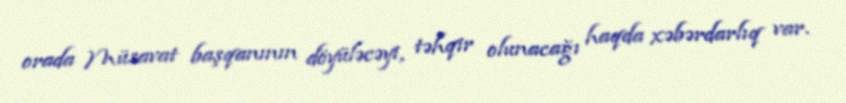
orada Müsavat başqanının döyüləcəyi, təhqir olunacağı haqda xəbərdarlıq var.